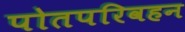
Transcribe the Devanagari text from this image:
पोतपरिवहन